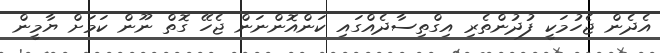
އެދެން ޖެހުމަކީ ފުދުންތެރި އިގްތިސާދެއްގައި ކަންއޮންނަން ޖެހޭ ގޮތް ނޫން ކަމަށް ޔާމީން